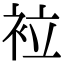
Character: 𧙀